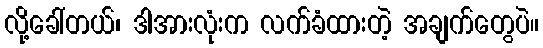
လို့ခေါ်တယ်၊ ဒါအားလုံးက လက်ခံထားတဲ့ အချက်တွေပဲ။